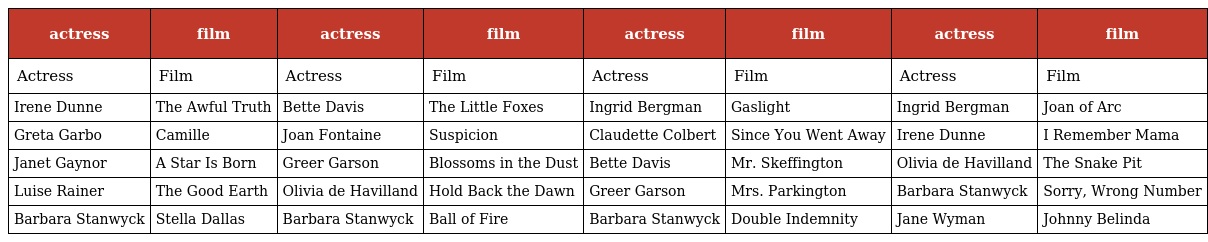
| actress | film | actress | film | actress | film | actress | film |
 | --- | --- | --- | --- | --- | --- | --- | --- |
 | Actress | Film | Actress | Film | Actress | Film | Actress | Film |
 | Irene Dunne | The Awful Truth | Bette Davis | The Little Foxes | Ingrid Bergman | Gaslight | Ingrid Bergman | Joan of Arc |
 | Greta Garbo | Camille | Joan Fontaine | Suspicion | Claudette Colbert | Since You Went Away | Irene Dunne | I Remember Mama |
 | Janet Gaynor | A Star Is Born | Greer Garson | Blossoms in the Dust | Bette Davis | Mr. Skeffington | Olivia de Havilland | The Snake Pit |
 | Luise Rainer | The Good Earth | Olivia de Havilland | Hold Back the Dawn | Greer Garson | Mrs. Parkington | Barbara Stanwyck | Sorry, Wrong Number |
 | Barbara Stanwyck | Stella Dallas | Barbara Stanwyck | Ball of Fire | Barbara Stanwyck | Double Indemnity | Jane Wyman | Johnny Belinda |